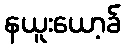
နယူးယော့ခ်